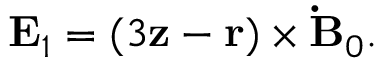
\begin{array} { r } { \mathbf { E } _ { 1 } = ( 3 \mathbf { z } - \mathbf { r } ) \times \mathbf { \dot { B } } _ { 0 } . } \end{array}